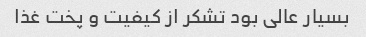
بسیار عالی بود تشکر از کیفیت و پخت غذا